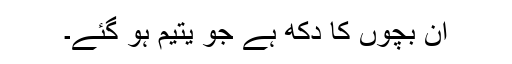
ان بچوں کا دکھ ہے جو یتیم ہو گئے۔